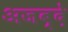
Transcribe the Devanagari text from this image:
अजब्दे